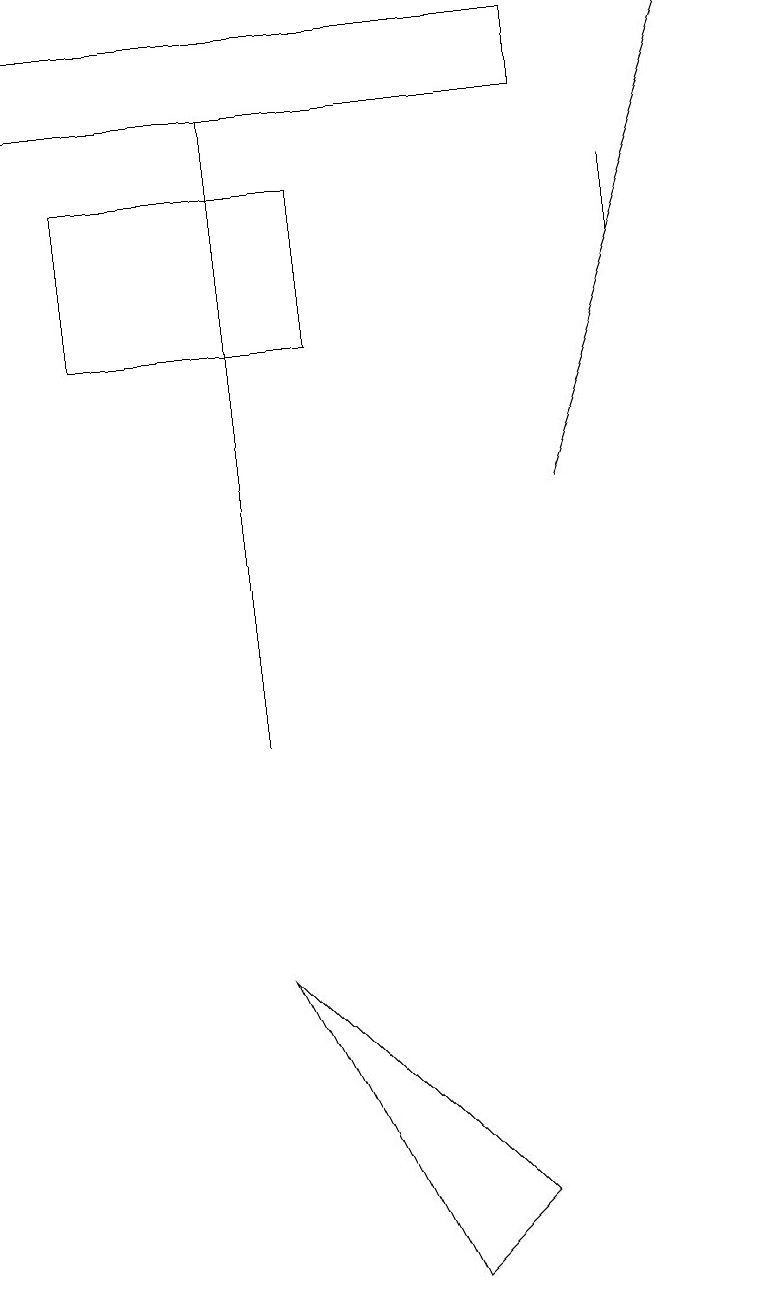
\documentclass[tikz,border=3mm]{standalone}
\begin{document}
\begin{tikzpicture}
\draw (1,15) rectangle (4,17);
\draw (7,19) rectangle (0,18);
\draw (8,16) rectangle (8,17);
\draw (5,3) -- (3,7) -- (6,4) -- cycle;
\draw (3,18) rectangle (3,10);
\draw[->] (7,13) -- (9,19);
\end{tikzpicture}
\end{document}